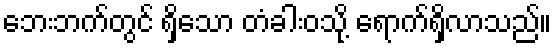
ဘေးဘက်တွင် ရှိသော တံခါးဝသို့ ရောက်ရှိလာသည်။